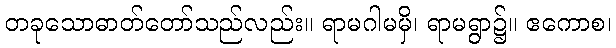
တခုသောဓာတ်တော်သည်လည်း။ ရာမဂါမမှိ၊ ရာမရွာ၌။ ဧကောစ၊